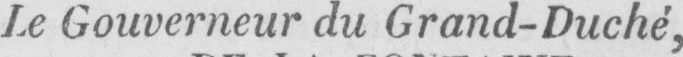
Le Gouverneur du Grand-Duché,